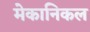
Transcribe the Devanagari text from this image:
मेकानिकल